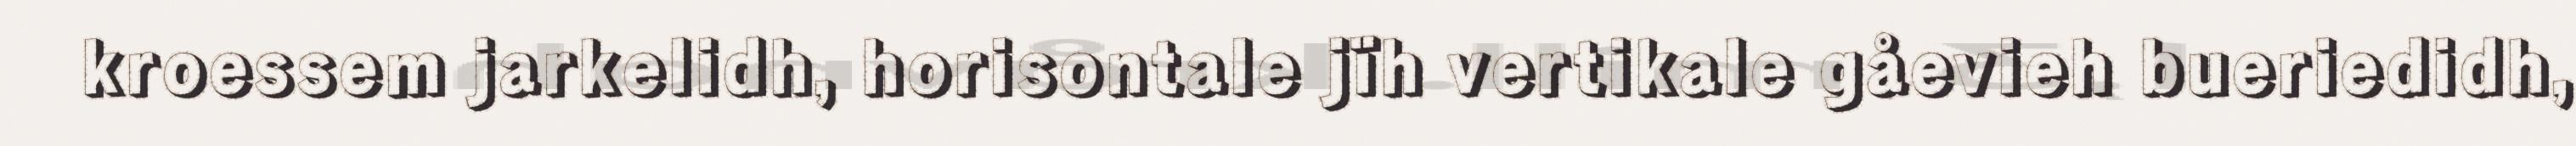
kroessem jarkelidh, horisontale jïh vertikale gåevieh bueriedidh,